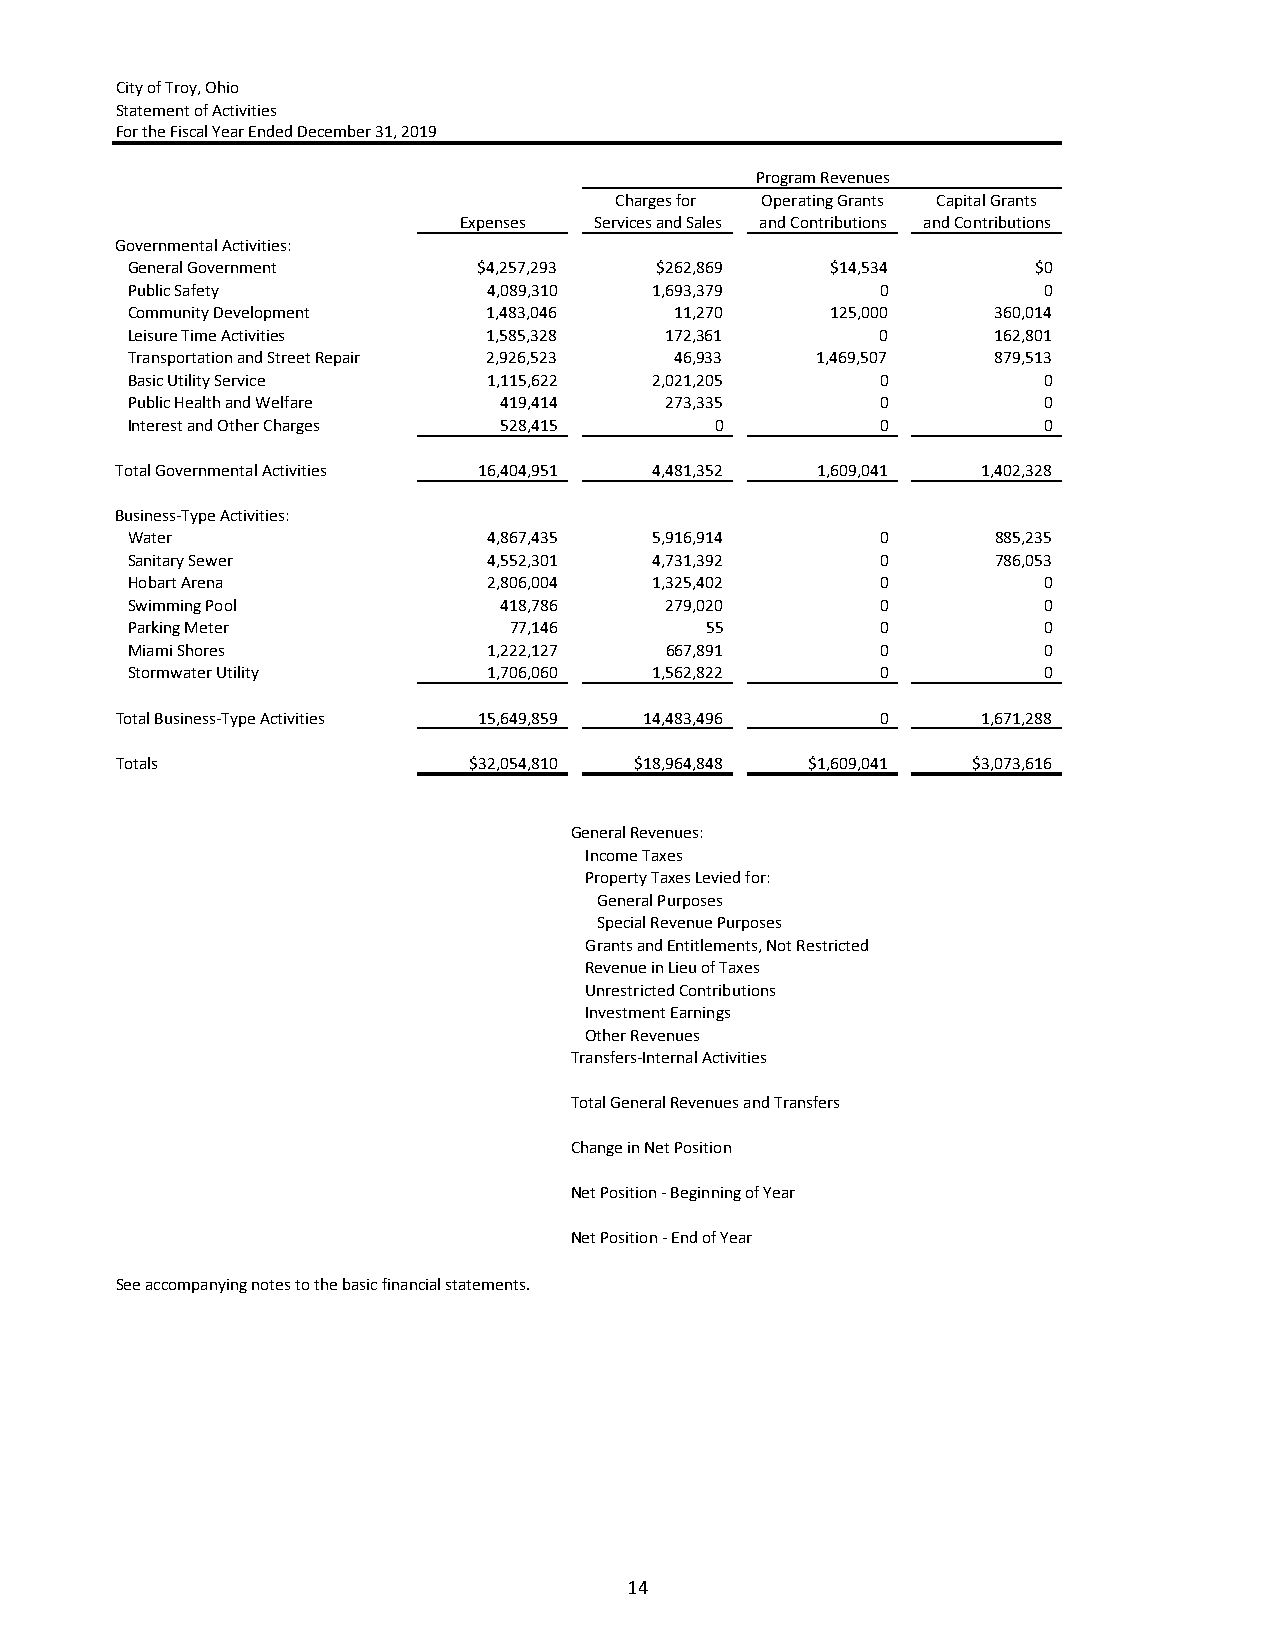
City of Troy, Ohio
 Statement of Activities
 For the Fiscal Year Ended December 31, 2019
 Program Revenues
 Charges for Operating Grants Capital Grants
 Expenses Services and Sales and Contributions and Contributions
 Governmental Activities:
 General Government      $4,257,293 $262,869    $14,534       $0
 Public Safety           4,089,310  1,693,379      0          0
 Community Development   1,483,046    11,270    125,000    360,014
 Leisure Time Activities 1,585,328   172,361       0       162,801
 Transportation and Street Repair 2,926,523 46,933 1,469,507 879,513
 Basic Utility Service   1,115,622  2,021,205      0          0
 Public Health and Welfare 419,414   273,335       0          0
 Interest and Other Charges 528,415     0          0          0
 Total Governmental Activities 16,404,951 4,481,352 1,609,041 1,402,328
 Business‐Type Activities:
 Water                   4,867,435  5,916,914      0       885,235
 Sanitary Sewer          4,552,301  4,731,392      0       786,053
 Hobart Arena            2,806,004  1,325,402      0          0
 Swimming Pool            418,786    279,020       0          0
 Parking Meter             77,146       55         0          0
 Miami Shores            1,222,127   667,891       0          0
 Stormwater Utility      1,706,060  1,562,822      0          0
 Total Business‐Type Activities 15,649,859 14,483,496 0   1,671,288
 Totals                 $32,054,810 $18,964,848 $1,609,041 $3,073,616
 General Revenues:
 Income Taxes
 Property Taxes Levied for:
 General Purposes
 Special Revenue Purposes
 Grants and Entitlements, Not Restricted
 Revenue in Lieu of Taxes
 Unrestricted Contributions
 Investment Earnings
 Other Revenues
 Transfers‐Internal Activities
 Total General Revenues and Transfers
 Change in Net Position
 Net Position ‐ Beginning of Year
 Net Position ‐ End of Year
 See accompanying notes to the basic financial statements.
 14